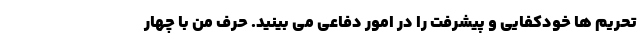
تحریم ها خودکفایی و پیشرفت را در امور دفاعی می بینید. حرف من با چهار